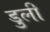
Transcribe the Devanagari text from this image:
डुली